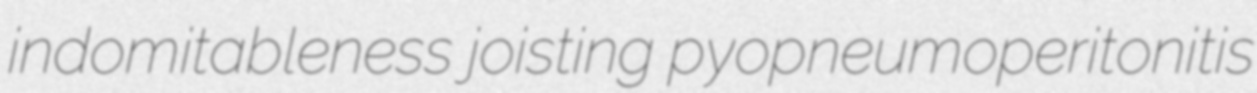
indomitableness joisting pyopneumoperitonitis